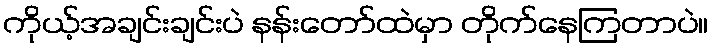
ကိုယ့်အချင်းချင်းပဲ နန်းတော်ထဲမှာ တိုက်နေကြတာပဲ။